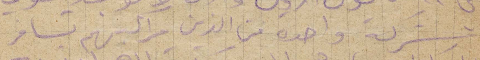
شركة واحدة من الذين مراكبهم تسافر